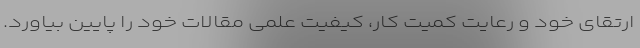
ارتقای خود و رعایت کمیت کار، کیفیت علمی مقالات خود را پایین بیاورد.